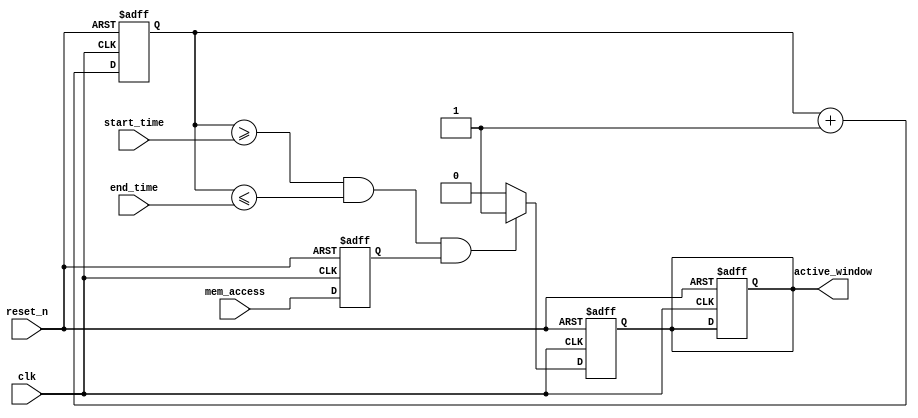
module MemoryBlocksTimeWindowDetector (
    input wire clk,                     // Clock signal
    input wire reset_n,                 // Active-low reset signal
    input wire mem_access,              // Memory access signal (read/write)
    input wire [3:0] start_time,        // Start time of the window
    input wire [3:0] end_time,          // End time of the window
    output reg active_window             // Output indicating if memory access is within the time window
);

    // Internal counter for tracking time
    reg [3:0] time_counter;

    // State for memory access detection
    reg mem_access_detected;

    // Continuous time tracking
    always @(posedge clk or negedge reset_n) begin
        if (!reset_n) begin
            time_counter <= 4'b0000;    // Reset the time counter
            active_window <= 1'b0;       // Reset the output
        end else begin
            // Increment the time counter with each clock cycle
            time_counter <= time_counter + 1'b1;
        end
    end

    // Memory access detection logic
    always @(posedge clk or negedge reset_n) begin
        if (!reset_n) begin
            mem_access_detected <= 1'b0; // Reset detected memory access
        end else begin
            mem_access_detected <= mem_access; // Capture memory access signal
        end
    end

    // Detection logic for active time window
    always @(posedge clk or negedge reset_n) begin
        if (!reset_n) begin
            active_window <= 1'b0; // Reset active window signal
        end else begin
            if (time_counter >= start_time && time_counter <= end_time && mem_access_detected) begin
                active_window <= 1'b1; // Assert active window if conditions are met
            end else begin
                active_window <= 1'b0; // Deassert if conditions are not met
            end
        end
    end

endmodule